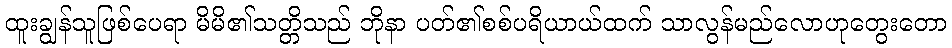
ထူးချွန်သူဖြစ်ပေရာ မိမိ၏သတ္တိသည် ဘိုနာ ပတ်၏စစ်ပရိယာယ်ထက် သာလွန်မည်လောဟုတွေးတော